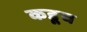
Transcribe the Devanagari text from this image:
कडूच